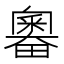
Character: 𰣗